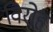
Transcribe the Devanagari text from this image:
विरोह